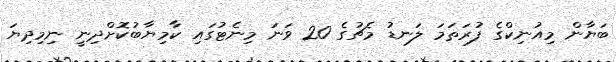
ބަޔާން މިއުނިކްގެ ފުރަތަމަ ލަނޑު މެޗުގެ 20 ވަނަ މިނެޓުގައި ކާމިޔާބުކޮށްދިނީ ނިމިދިޔަ